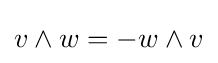
v\wedge w=-w\wedge v